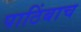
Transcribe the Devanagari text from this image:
पाठिंबाच